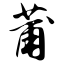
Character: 莆